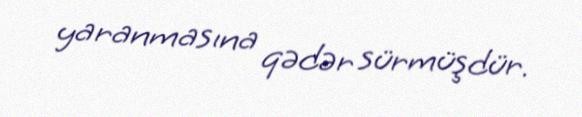
yaranmasına qədər sürmüşdür.